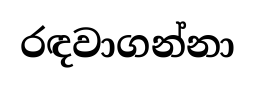
රඳවාගන්නා